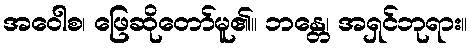
အဝေါစ၊ ဖြေဆိုတော်မူ၏။ ဘန္တေ၊ အရှင်ဘုရား။